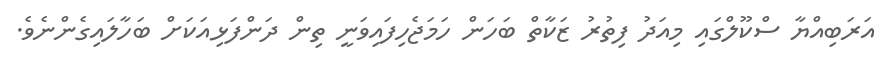
އަރަބިއްޔާ ސްކޫލްގައި މިއަދު ފިތުރު ޒަކާތް ބަހަން ހަމަޖެހިފައިވަނީ ތިން ދަންފަޅިއަކަށް ބަހާލައިގެންނެވެ.